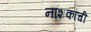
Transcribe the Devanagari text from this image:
नाशकांची